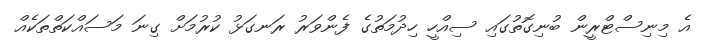
އެ މިނިސްޓްރީން ބުނިގޮތުގައި ސިއްހީ ހިދުމަތުގެ ފެންވަރު ރަނގަޅު ކުރުމަށް ގިނަ މަސައްކަތްތަކެއް